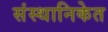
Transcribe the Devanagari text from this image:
संस्थानिकेत